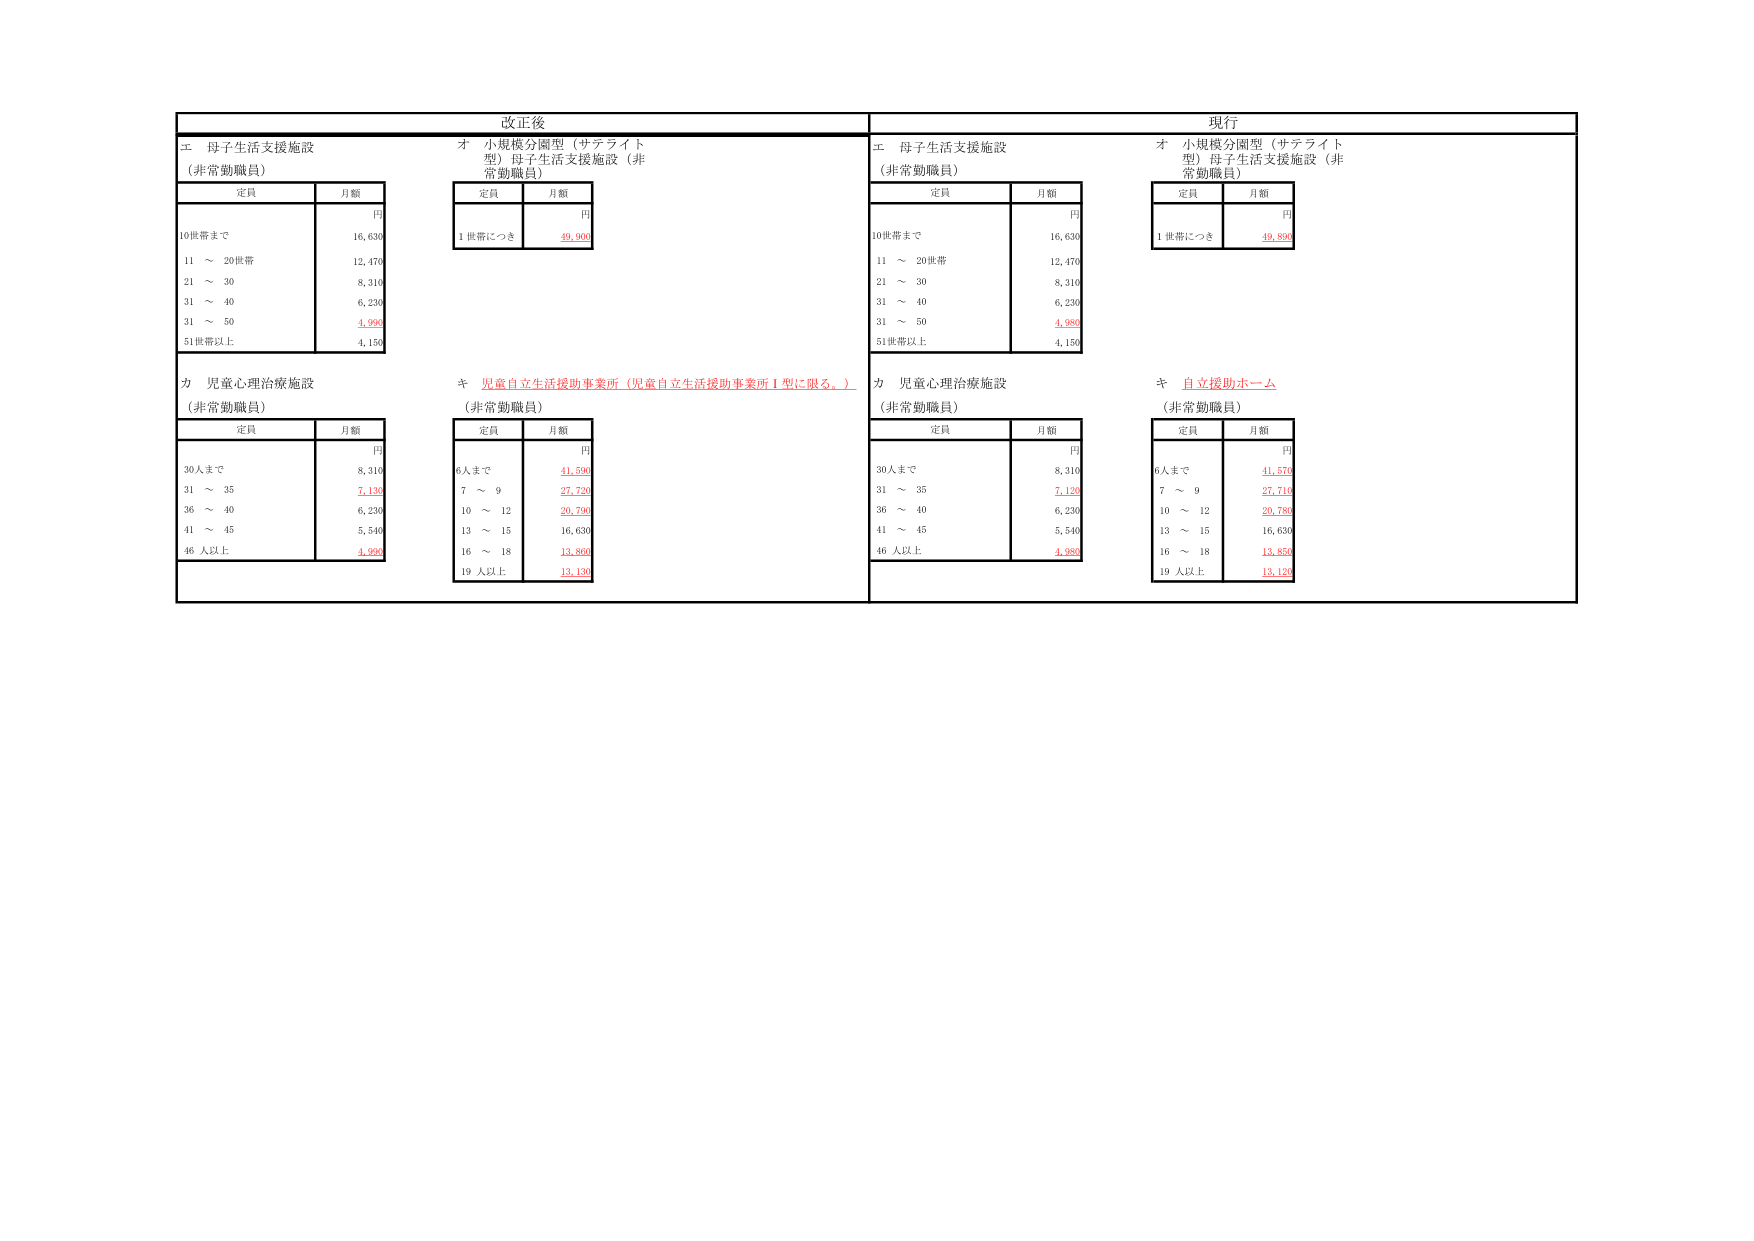
改正後
エ 母子生活支援施設
（非常勤職員）
定員 月額
円
10世帯まで 16,630
11 ～ 20世帯 12,470
21 ～ 30 8,310
31 ～ 40 6,230
31 ～ 50 4,990
51世帯以上 4,150
オ 小規模分園型（サテライト型）母子生活支援施設（非常勤職員）
定員 月額
円
1 世帯につき 49,900
カ 児童心理治療施設
（非常勤職員）
定員 月額
円
30人まで 8,310
31 ～ 35 7,120
36 ～ 40 6,230
41 ～ 45 5,540
46 人以上 4,990
キ 児童自立生活援助事業所（児童自立生活援助事業所Ⅰ型に限る。）
（非常勤職員）
定員 月額
円
6人まで 41,590
7 ～ 9 27,720
10 ～ 12 20,790
13 ～ 15 16,630
16 ～ 18 13,860
19 人以上 13,130
現行
エ 母子生活支援施設
（非常勤職員）
定員 月額
円
10世帯まで 16,630
11 ～ 20世帯 12,470
21 ～ 30 8,310
31 ～ 40 6,230
31 ～ 50 4,980
51世帯以上 4,150
オ 小規模分園型（サテライト型）母子生活支援施設（非常勤職員）
定員 月額
円
1 世帯につき 49,890
カ 児童心理治療施設
（非常勤職員）
定員 月額
円
30人まで 8,310
31 ～ 35 7,120
36 ～ 40 6,230
41 ～ 45 5,540
46 人以上 4,980
キ 自立援助ホーム
（非常勤職員）
定員 月額
円
6人まで 41,570
7 ～ 9 27,710
10 ～ 12 20,780
13 ～ 15 16,630
16 ～ 18 13,850
19 人以上 13,120